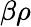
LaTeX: \beta\rho